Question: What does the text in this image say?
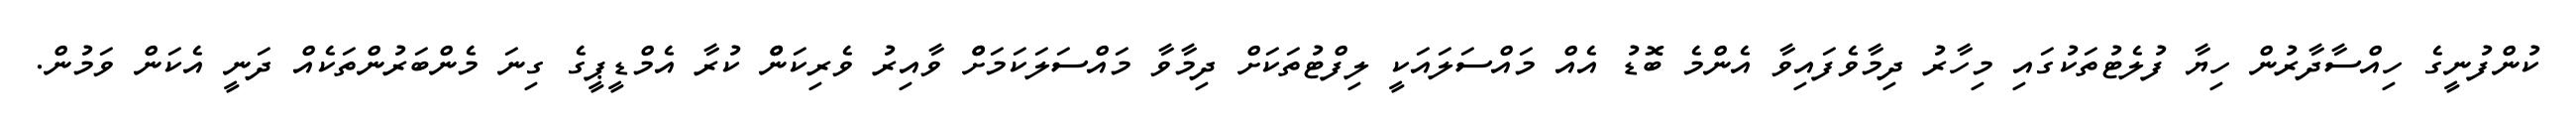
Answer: ކުންފުނީގެ ހިއްސާދާރުން ހިޔާ ފުލެޓުތަކުގައި މިހާރު ދިމާވެފައިވާ އެންމެ ބޮޑު އެއް މައްސަލައަކީ ލިފްޓުތަކަށް ދިމާވާ މައްސަލަކަމަށްް ވާއިރު ވެރިކަންް ކުރާ އެމްޑީޕީގެ ގިނަ މެންބަރުންތަކެއް ދަނީ އެކަން ވަމުން.